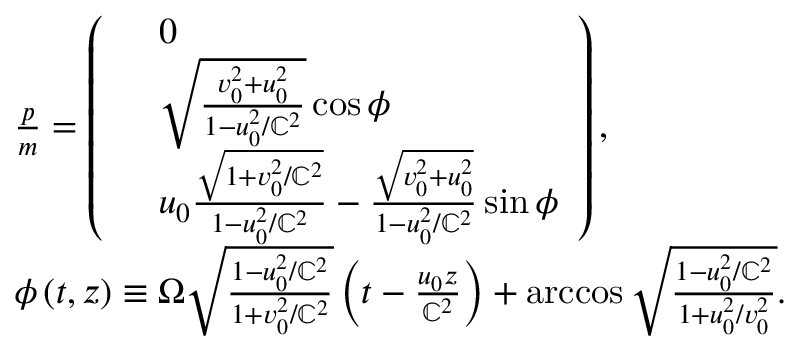
\begin{array} { r l } & { \frac { \boldsymbol { p } } { m } = \left( \begin{array} { r l } & { 0 } \\ & { \sqrt { \frac { v _ { 0 } ^ { 2 } + u _ { 0 } ^ { 2 } } { 1 - u _ { 0 } ^ { 2 } / \mathbb { C } ^ { 2 } } } \cos \phi } \\ & { u _ { 0 } \frac { \sqrt { 1 + v _ { 0 } ^ { 2 } / \mathbb { C } ^ { 2 } } } { 1 - u _ { 0 } ^ { 2 } / \mathbb { C } ^ { 2 } } - \frac { \sqrt { v _ { 0 } ^ { 2 } + u _ { 0 } ^ { 2 } } } { 1 - u _ { 0 } ^ { 2 } / \mathbb { C } ^ { 2 } } \sin \phi } \end{array} \right) , } \\ & { \phi \left( t , z \right) \equiv \Omega \sqrt { \frac { 1 - u _ { 0 } ^ { 2 } / \mathbb { C } ^ { 2 } } { 1 + v _ { 0 } ^ { 2 } / \mathbb { C } ^ { 2 } } } \left( t - \frac { u _ { 0 } z } { \mathbb { C } ^ { 2 } } \right) + \operatorname { a r c c o s } \sqrt { \frac { 1 - u _ { 0 } ^ { 2 } / \mathbb { C } ^ { 2 } } { 1 + u _ { 0 } ^ { 2 } / v _ { 0 } ^ { 2 } } } . } \end{array}